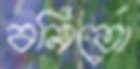
বনিতো